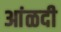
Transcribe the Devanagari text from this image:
आंळदी